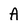
Character: A